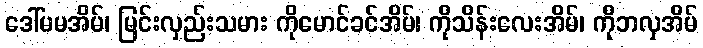
ဒေါ်မမအိမ်၊ မြင်းလှည်းသမား ကိုမောင်ခင်အိမ်၊ ကိုသိန်းလေးအိမ်၊ ကိုဘလှအိမ်